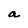
Character: a